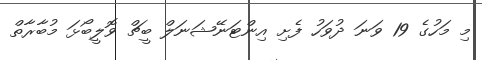
މި މަހުގެ 19 ވަނަ ދުވަހު ފެށި އިންޓަނޭޝަނަލް ބީޗް ވޮލީބޯޅަ މުބާރާތް